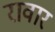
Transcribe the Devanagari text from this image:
रावार